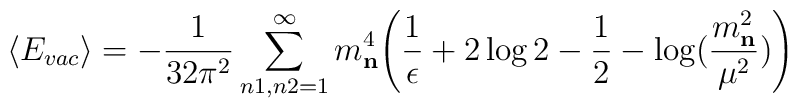
\langle E_{vac}\rangle=-{1\over{32\pi^2}}\sum_{n1,n2=1}^{\infty}m^{4}_{\bf n}\Bigg ({1\over{\epsilon}}+2\log 2-{1\over{2}}-\log({m^{2}_{\bf n}\over{\mu^2}})\Bigg )